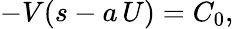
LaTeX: -V(s-a\, U)=C_{0},